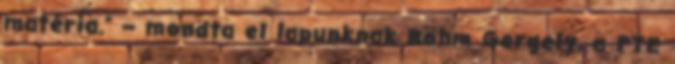
matéria.” – mondta el lapunknak Böhm Gergely, a PTE